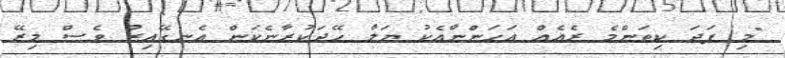
"މި ފަދަ ކިތަންމެ ރެއެއް އަހަންނާއެކު ޔަލާ ހޭދަކުރާނެކަން އެނގޭއިރު ވެސް މިރޭ